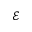
\mathcal { E }